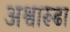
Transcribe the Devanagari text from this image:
अश्वारूढा